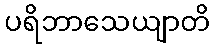
ပရိဘာသေယျာတိ